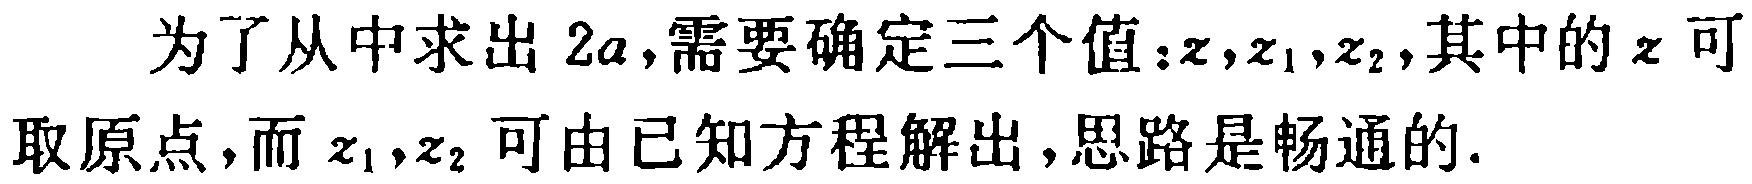
为了从中求出 \(2a\),需要确定三个值：\(z,z_1,z_2\),其中的 \(z\) 可取原点，而 \(z_1,z_2\) 可由已知方程解出，思路是畅通的.